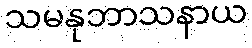
သမနုဘာသနာယ